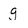
Character: g